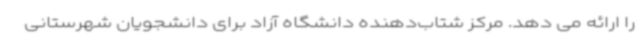
را ارائه می دهد. مرکز شتاب‌دهنده دانشگاه آزاد برای دانشجویان شهرستانی